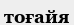
тоғайя